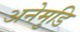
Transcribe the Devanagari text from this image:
अनेमुडि